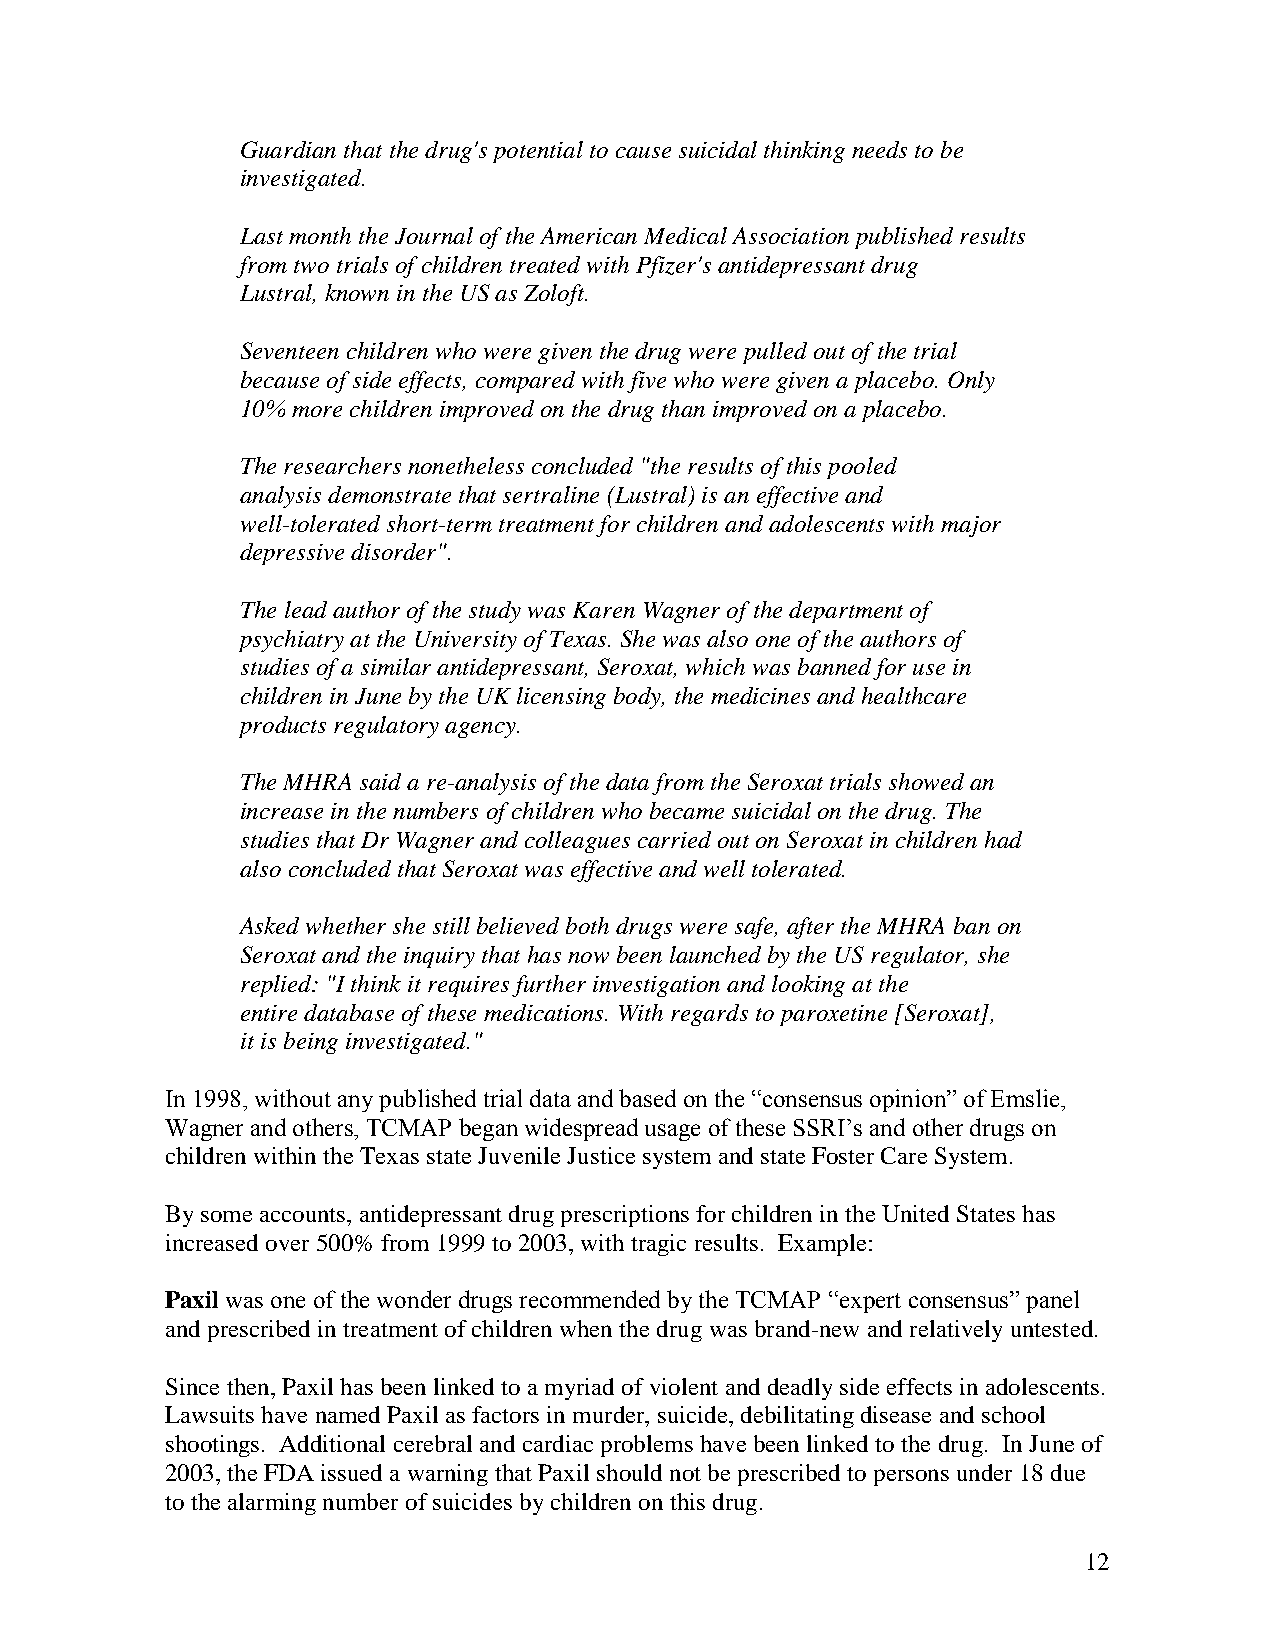
Guardianthat thedrug'spotential tocausesuicidal thinkingneeds tobe
 investigated.
 Last monththeJournal of theAmericanMedical Associationpublishedresults
 fromtwotrials of childrentreatedwithPfizer's antidepressant drug
 Lustral,knownintheUSas Zoloft.
 Seventeenchildrenwho weregiventhedrug were pulledout of thetrial
 becauseof sideeffects, comparedwithfivewhoweregivenaplacebo.Only
 10%morechildrenimprovedonthedrug thanimprovedonaplacebo.
 Theresearchers nonetheless concluded"theresults of this pooled
 analysis demonstratethat sertraline(Lustral)is aneffectiveand
 well-toleratedshort-termtreatment for childrenandadolescents withmajor
 depressivedisorder".
 Theleadauthor of thestudywas Karen Wagner of thedepartment of
 psychiatryat theUniversityof Texas. Shewas also oneof theauthors of
 studies of asimilar antidepressant,Seroxat,whichwas bannedfor usein
 childreninJunebythe UK licensingbody,themedicines andhealthcare
 products regulatoryagency.
 TheMHRAsaidare-analysis of thedatafromtheSeroxat trials showedan
 increaseinthenumbers of childrenwhobecamesuicidal onthedrug. The
 studies that Dr Wagner andcolleagues carriedout onSeroxat inchildrenhad
 also concludedthat Seroxat was effectiveandwell tolerated.
 Askedwhether shestill believedbothdrugs weresafe,after theMHRAban on
 Seroxat andtheinquirythat has now beenlaunchedbytheUSregulator, she
 replied:"Ithinkit requires further investigationandlookingat the
 entiredatabaseof these medications. Withregards toparoxetine[Seroxat],
 it is beinginvestigated."
 In 1998, without any published trial data and based on the “consensus opinion” of Emslie,
 Wagner and others, TCMAP began widespread usage of these SSRI’s and other drugs on
 childrenwithintheTexas stateJuvenileJusticesystem andstateFosterCare System.
 Bysomeaccounts, antidepressant drugprescriptions forchildrenintheUnitedStates has
 increasedover500%from 1999to2003,withtragicresults. Example:
 Paxil was one of the wonder drugs recommended by the TCMAP “expert consensus” panel
 andprescribedintreatment ofchildrenwhenthedrugwas brand-new andrelativelyuntested.
 Sincethen,Paxil has beenlinkedtoamyriadofviolent anddeadlysideeffects inadolescents.
 Lawsuits havenamedPaxil as factors inmurder,suicide,debilitatingdiseaseandschool
 shootings. Additional cerebral andcardiacproblems havebeenlinkedtothedrug. InJuneof
 2003,theFDAissued a warningthat Paxil shouldnot beprescribedtopersons under18due
 tothealarmingnumberofsuicides bychildrenon this drug.
 12